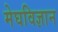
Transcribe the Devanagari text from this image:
मेघविज्ञान